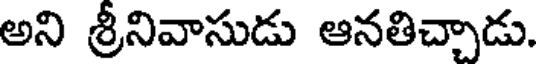
అని శ్రీనివాసుడు ఆనతిచ్చాడు.